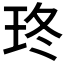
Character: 𤤮